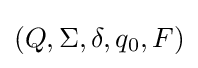
(Q,\Sigma ,\delta ,q_{0},F)